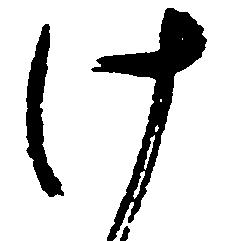
け